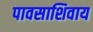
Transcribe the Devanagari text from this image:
पावसाशिवाय